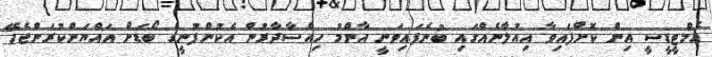
އެމްޓީޑީސީ އިން ކޮށްފައިވާ އިއުލާނެއްގައި ބުނެފައިވަނީ އާންމު ހިއްސާދާރުން އެކުންފުނީގެ ބޯޑަށް އައްޔަންކުރަންޖެހޭ